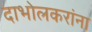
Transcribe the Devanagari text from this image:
दाभोलकरांना